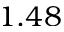
1 . 4 8